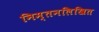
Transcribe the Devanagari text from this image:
निम्तनलिखित